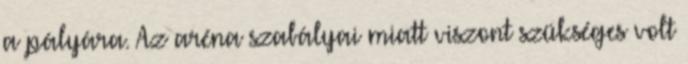
a pályára. Az aréna szabályai miatt viszont szükséges volt